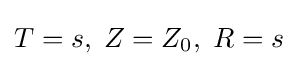
T=s,\;Z=Z_{0},\;R=s